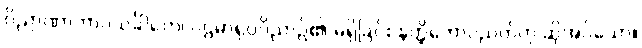
ဝိညာဏာဘာဝသင်္ခါတေ၊ ပဌမာရုပ္ပဝိညာဉ်၏ မရှိခြင်း နတ္ထိဘောပညတ်ဟု ဆိုအပ်သော။